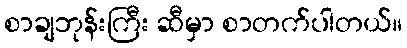
စာချဘုန်းကြီး ဆီမှာ စာတက်ပါတယ်။